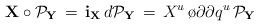
LaTeX: \begin{align*}{\bf X} \circ {\cal P}_{\bf Y}\, = \, {\bf i}_{\bf X} \, d{\cal P}_{\bf Y}\, = \,X^u \, {\o{\partial}{\partial q^u}} \, {\cal P}_{\bf Y}\,\end{align*}